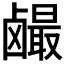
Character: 𱊼